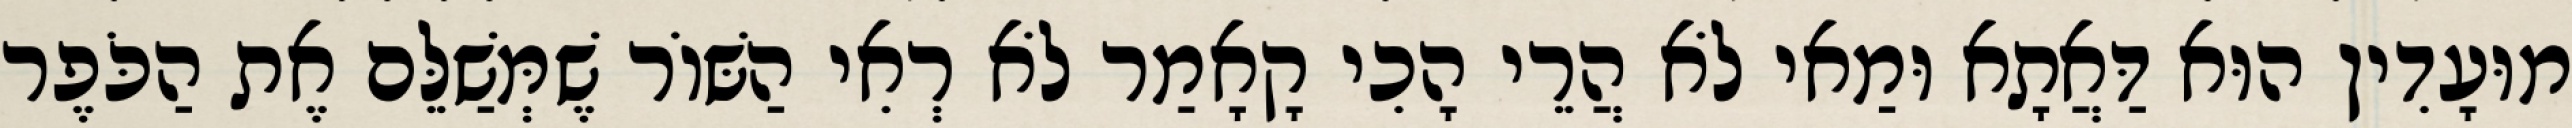
מוּעָדִין הוּא דַּאֲתָא וּמַאי לֹא הֲרֵי הָכִי קָאָמַר לֹא רְאִי הַשּׁוֹר שֶׁמְּשַׁלֵּם אֶת הַכֹּפֶר